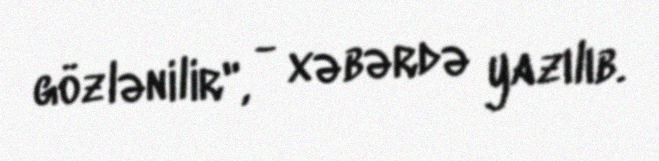
gözlənilir", - xəbərdə yazılıb.